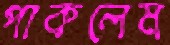
পাকলেম